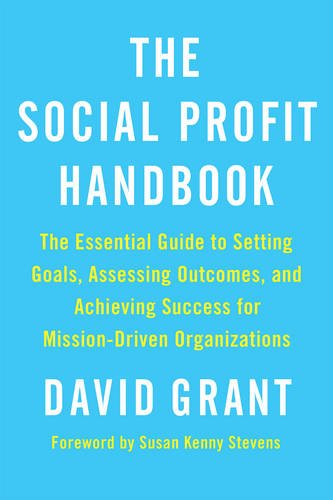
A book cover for The Social Profit Handbook: The Essential Guide to Setting Goals, Assessing Outcomes, and Achieving Success for Mission-Driven Organizations; David Grant; Business & Money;